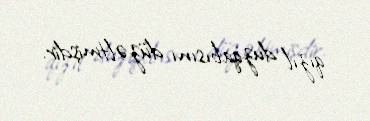
qızıl duzqabısını düzəltmişdir.